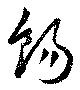
糖